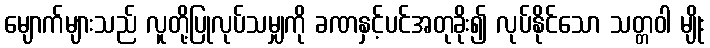
မျောက်များသည် လူတို့ပြုလုပ်သမျှကို ခဏနှင့်ပင်အတုခိုး၍ လုပ်နိုင်သော သတ္တဝါ မျိုး